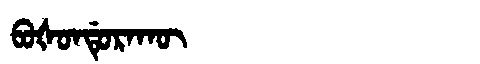
Manchu: ᠪᠣᡧᠣᠨᡩᡠᡵᠠᡴᡡ
Romanization: BOŠONDURAKŪ